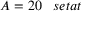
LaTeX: A = 2 0 \; \; \; s e t a t